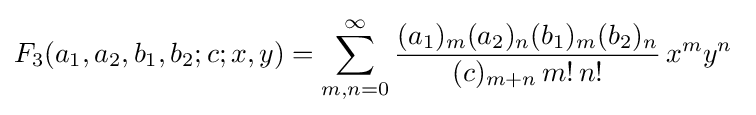
F_{3}(a_{1},a_{2},b_{1},b_{2};c;x,y)=\sum _{m,n=0}^{\infty }{\frac {(a_{1})_{m}(a_{2})_{n}(b_{1})_{m}(b_{2})_{n}}{(c)_{m+n}\,m!\,n!}}\,x^{m}y^{n}~